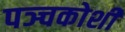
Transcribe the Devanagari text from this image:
पञ्चकोशी